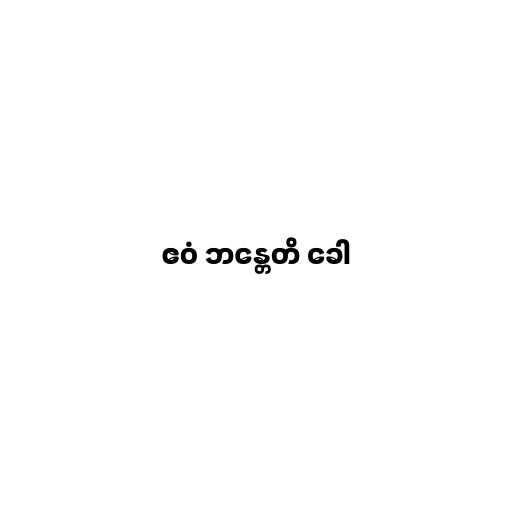
ဧဝံ ဘန္တေတိ ခေါ